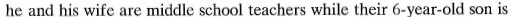
he and his wife are middle school teachers while their 6-year-old son is